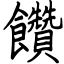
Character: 饡